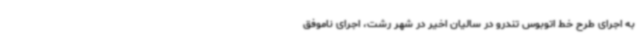
به اجرای طرح خط اتوبوس تندرو در سالیان اخیر در شهر رشت، اجرای ناموفق